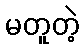
မတူတဲ့